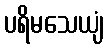
ပရိမသေယျံ